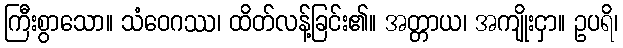
ကြီးစွာသော။ သံဝေဂဿ၊ ထိတ်လန့်ခြင်း၏။ အတ္တာယ၊ အကျိုးငှာ။ ဥပရိ၊